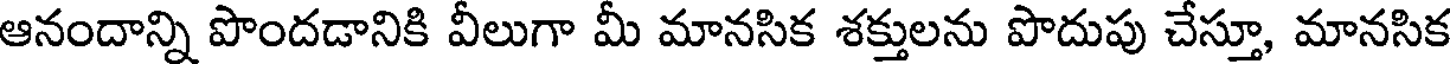
ఆనందాన్ని పొందడానికి వీలుగా మీ మానసిక శక్తులను పొదుపు చేస్తూ, మానసిక